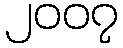
၂၀၀၇